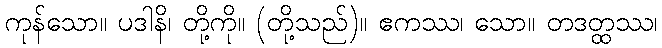
ကုန်သော။ ပဒါနိ၊ တို့ကို။ (တို့သည်)။ ဧကဿ၊ သော။ တဒတ္ထဿ၊